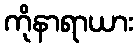
ကိုနာရာယား